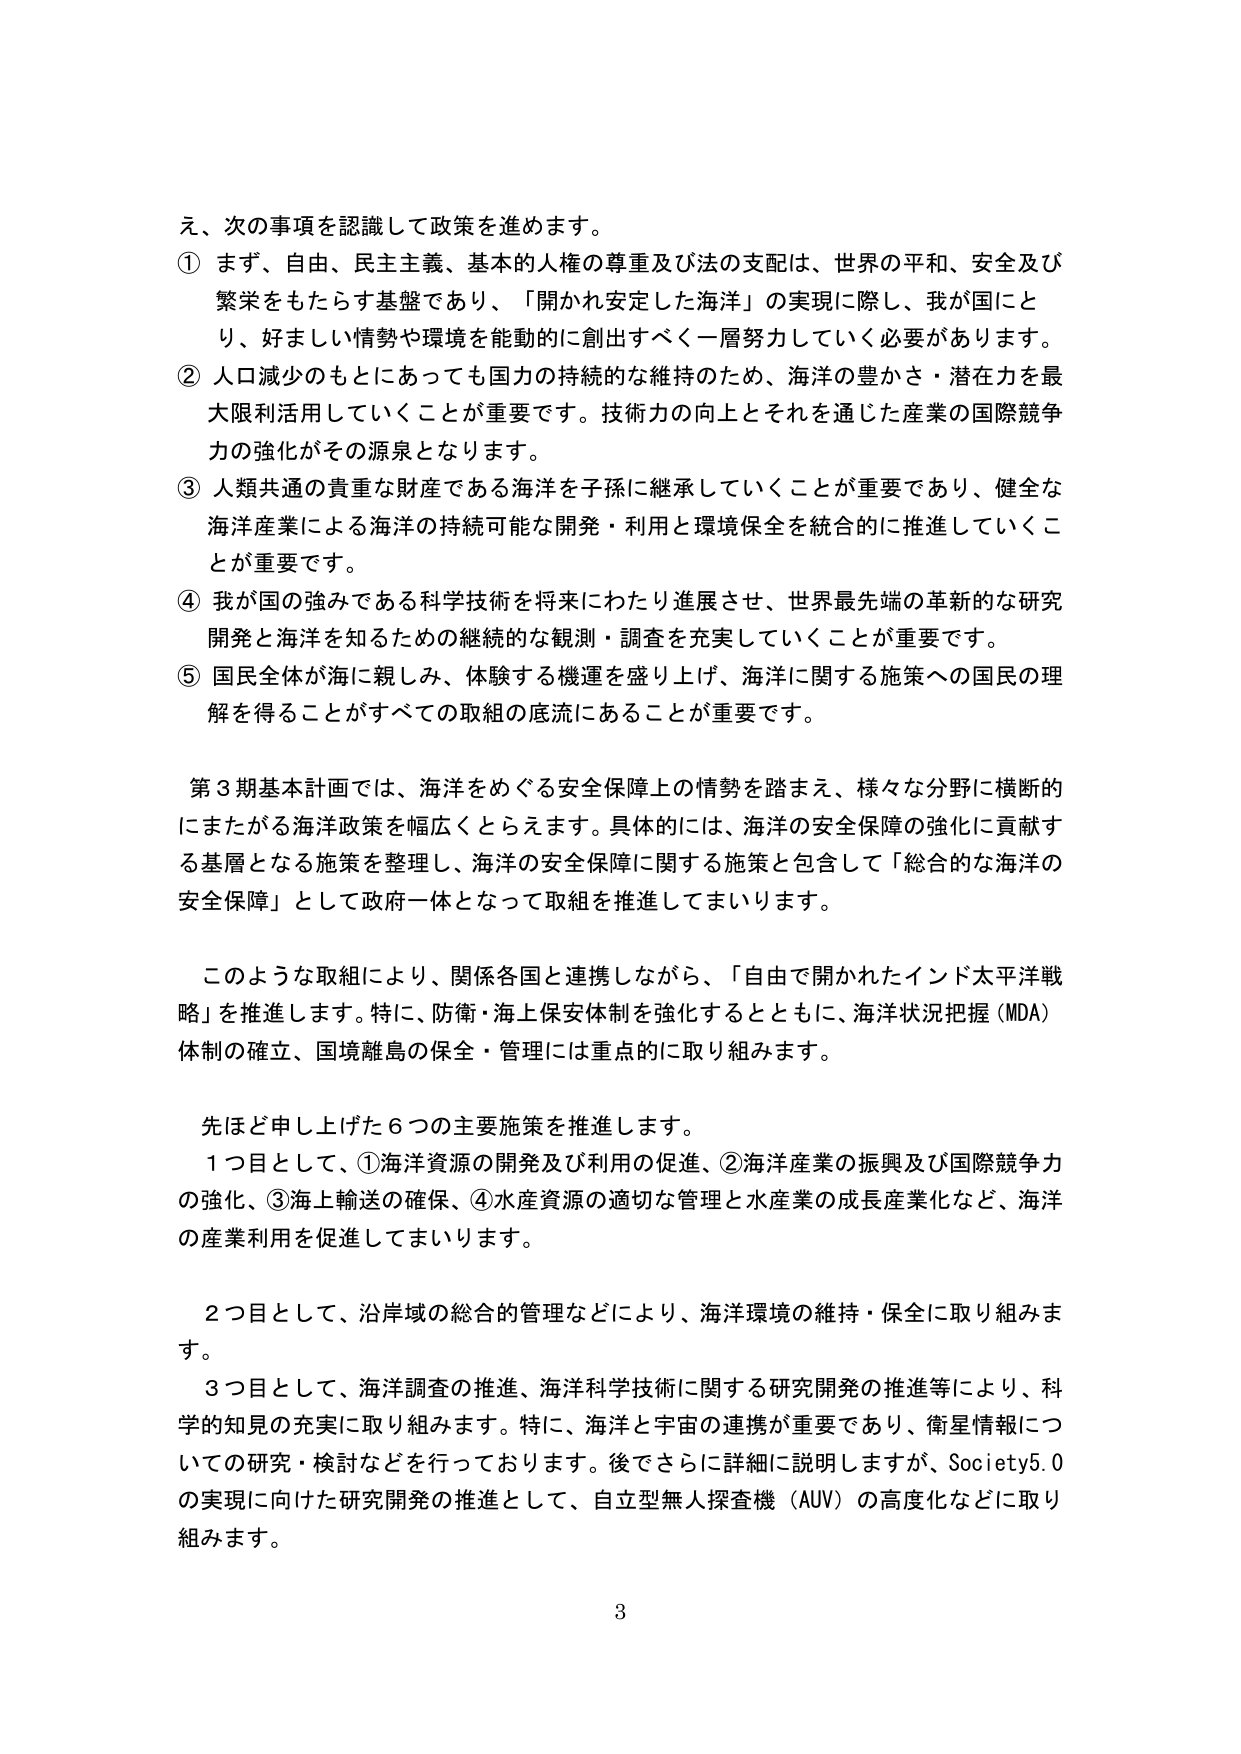
え、次の事項を認識して政策を進めます。

① まず、自由、民主主義、基本的人権の尊重及び法の支配は、世界の平和、安全及び繁栄をもたらす基盤であり、「開かれ安定した海洋」の実現に際し、我が国にとり、好ましい情勢や環境を能動的に創出すべく一層努力していく必要があります。

② 人口減少のもとになっても国力の持続的な維持のため、海洋の豊かさ・潜在力を最大限利活用していくことが重要です。技術力の向上とそれを通じた産業の国際競争力の強化がその源泉となります。

③ 人類共通の貴重な財産である海洋を子孫に継承していくことが重要であり、健全な海洋産業による海洋の持続可能な開発・利用と環境保全を統合的に推進していくことが重要です。

④ 我が国の強みである科学技術を将来にわたり進展させ、世界最先端の革新的な研究開発と海洋を知るための継続的な観測・調査を充実していくことが重要です。

⑤ 国民全体が海に親しみ、体験する機運を盛り上げ、海洋に関する施策への国民の理解を得ることがすべての取組の底流にあることが重要です。

第3期基本計画では、海洋をめぐる安全保障上の情勢を踏まえ、様々な分野に横断的にまたがる海洋政策を幅広くとらえます。具体的には、海洋の安全保障の強化に貢献する基層となる施策を整理し、海洋の安全保障に関する施策と包含して「総合的な海洋の安全保障」として政府一体となって取組を推進してまいります。

このような取組により、関係各国と連携しながら、「自由で開かれたインド太平洋戦略」を推進します。特に、防衛・海上保安体制を強化するとともに、海洋状況把握（MDA）体制の確立、国境離島の保全・管理には重点的に取り組みます。

先ほど申し上げた6つの主要施策を推進します。

1つ目として、①海洋資源の開発及び利用の促進、②海洋産業の振興及び国際競争力の強化、③海上輸送の確保、④水産資源の適切な管理と水産業の成長産業化など、海洋の産業利用を促進してまいります。

2つ目として、沿岸域の総合的管理などにより、海洋環境の維持・保全に取り組みます。

3つ目として、海洋調査の推進、海洋科学技術に関する研究開発の推進等により、科学的知見の充実に取り組みます。特に、海洋と宇宙の連携が重要であり、衛星情報についての研究・検討などを行っております。後でさらに詳細に説明しますが、Society5.0の実現に向けた研究開発の推進として、自立型無人探査機（AUV）の高度化などに取り組みます。

3